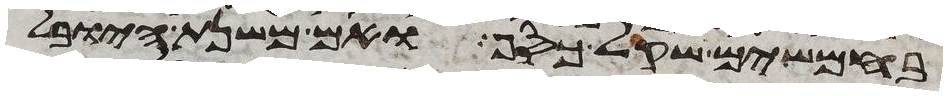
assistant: בחמשים שקל כסף ואם משנת היובל